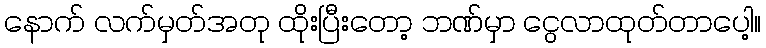
နောက် လက်မှတ်အတု ထိုးပြီးတော့ ဘဏ်မှာ ငွေလာထုတ်တာပေါ့။